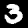
Digit: 3